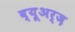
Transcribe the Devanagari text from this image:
व्यूअर्ज़